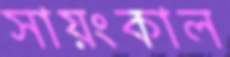
সায়ংকাল